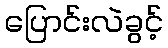
ပြောင်းလဲခွင့်